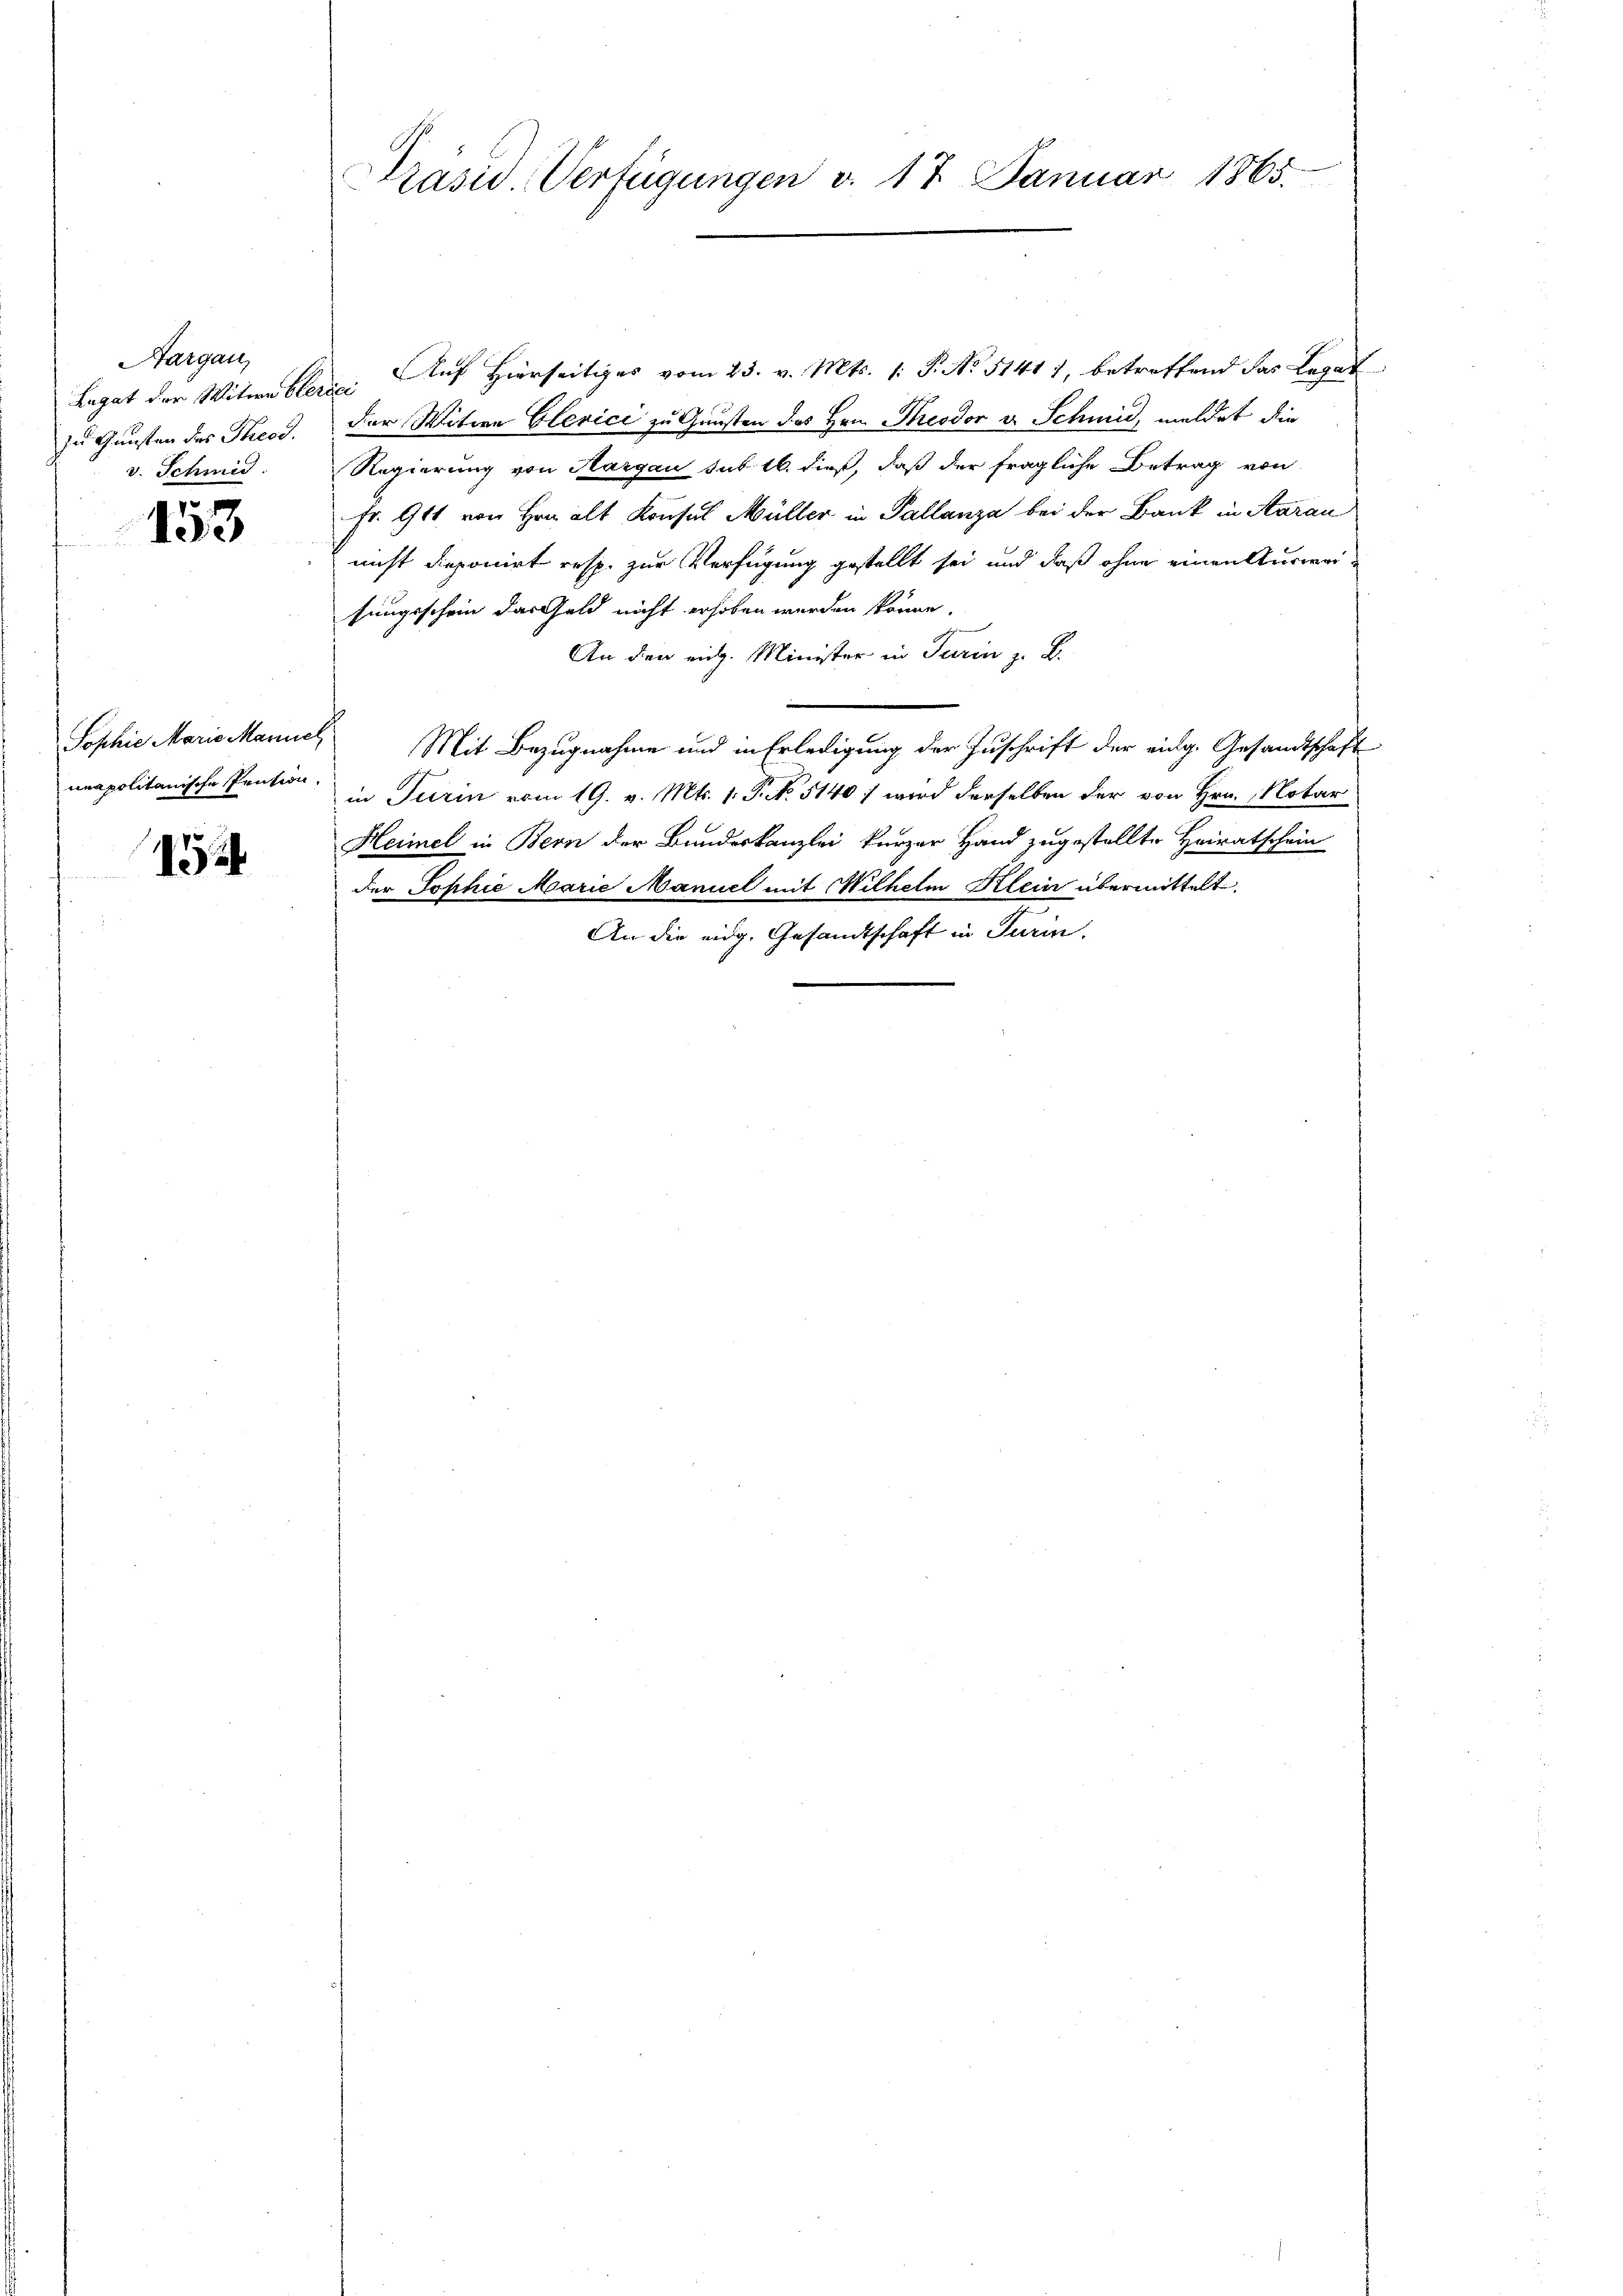
Aargau,
zu Gunsten des Theod.
v. Schmid.

153

unapolitanische Pention.

152

Präsid. Verfügungen v. 17. Januar 1865.

Legat der Witwe Clerici Auf Hierseitiges vom 23. v. Mts. 1. P. No 51417, betreffend das Legat
der Witwe Clerici zu Gunsten des Hrn. Theodor v. Schmid, meldet die
Regierung von Hargau sub 16. dieß, daß der fragliche Betrag von
Fr. 901 von Hrn. alt Konsul Müller in Pallanza bei der Bank in Aarau
nicht deponirt resp. zur Verfügung gestellt sei und daß ohne einen Ausweisungsschein das Geld nicht erhoben werden könne.
An den eidg. Minister in Turin z. B.
.
Sophie Marie Mannes Mit Bezugnahme und in Erledigung der Zuschrift der eidg. Gesandtschaft
in Turin vom 19. v. Mts. 1. P. No. 5140) wird derselben der von Hrn. Notar
Hermel in Bern der Bundeskanzlei kurzer Hand zugestellte Heiratschein
der Tophie Marie Manuel mit Wilhelm Klein übermittelt
An die eidg. Gesandtschaft in Turin.